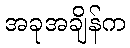
အခုအချိန်က